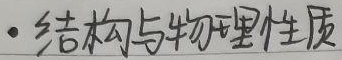
结构与物理性质